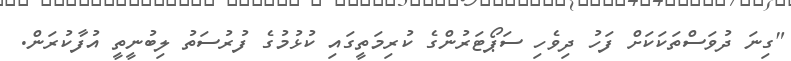
"ގިނަ ދުވަސްތަކަކަށް ފަހު ދިވެހި ސަޕޯޓަރުންގެ ކުރިމަތީގައި ކުޅުމުގެ ފުރުސަތު ލިބުނީތީ އުފާކުރަން.